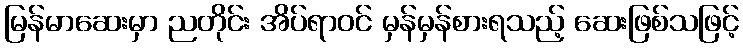
မြန်မာဆေးမှာ ညတိုင်း အိပ်ရာဝင် မှန်မှန်စားရသည့် ဆေးဖြစ်သဖြင့်